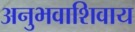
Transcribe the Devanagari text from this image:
अनुभवाशिवाय